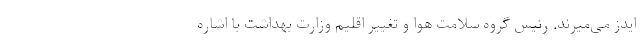
ایدز می‌میرند. رئیس گروه سلامت هوا و تغییر اقلیم وزارت بهداشت با اشاره